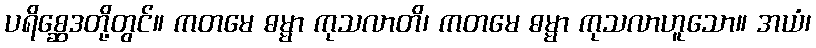
ပရိစ္ဆေဒတို့တွင်။ ကတမေ ဓမ္မာ ကုသလာတိ၊ ကတမေ ဓမ္မာ ကုသလာဟူသော။ အယံ၊